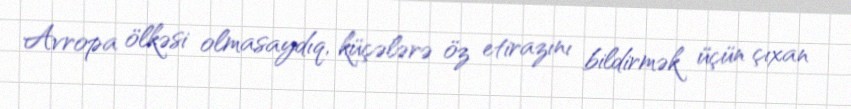
Avropa ölkəsi olmasaydıq, küçələrə öz etirazını bildirmək üçün çıxan